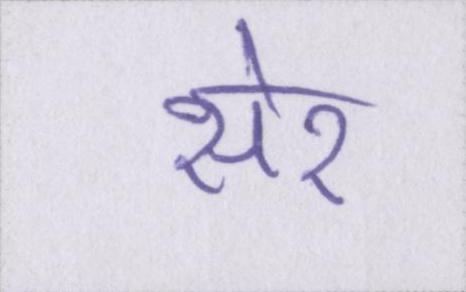
सेर